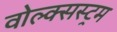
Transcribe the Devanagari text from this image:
वोल्क्सस्ट्रम